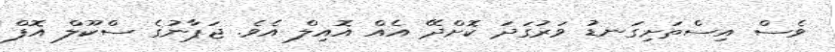
ވެސް އިސްތަށިގަނޑު ވަރުގަދަ ކޮށްދޭ އެއް އޮއިލް އެވެ. ޖަޕާނުގެ ސްކޫލް އޮފް